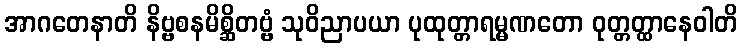
အာဂတေနာတိ နိဗ္ဗစနမိစ္ဆိတဗ္ဗံ သုဝိညာပယာ ပုထုတ္တာရမ္မဏတော ဝုတ္တတ္ထာနေဝါတိ